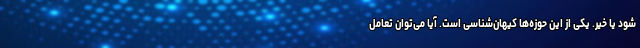
شود یا خیر. یکی از این حوزه‌ها کیهان‌شناسی است. آیا می‌توان تعامل